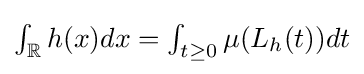
{\textstyle \int _{\mathbb {R} }h(x)dx=\int _{t\geq 0}\mu (L_{h}(t))dt}